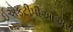
ઈએફટીપીઓએસ